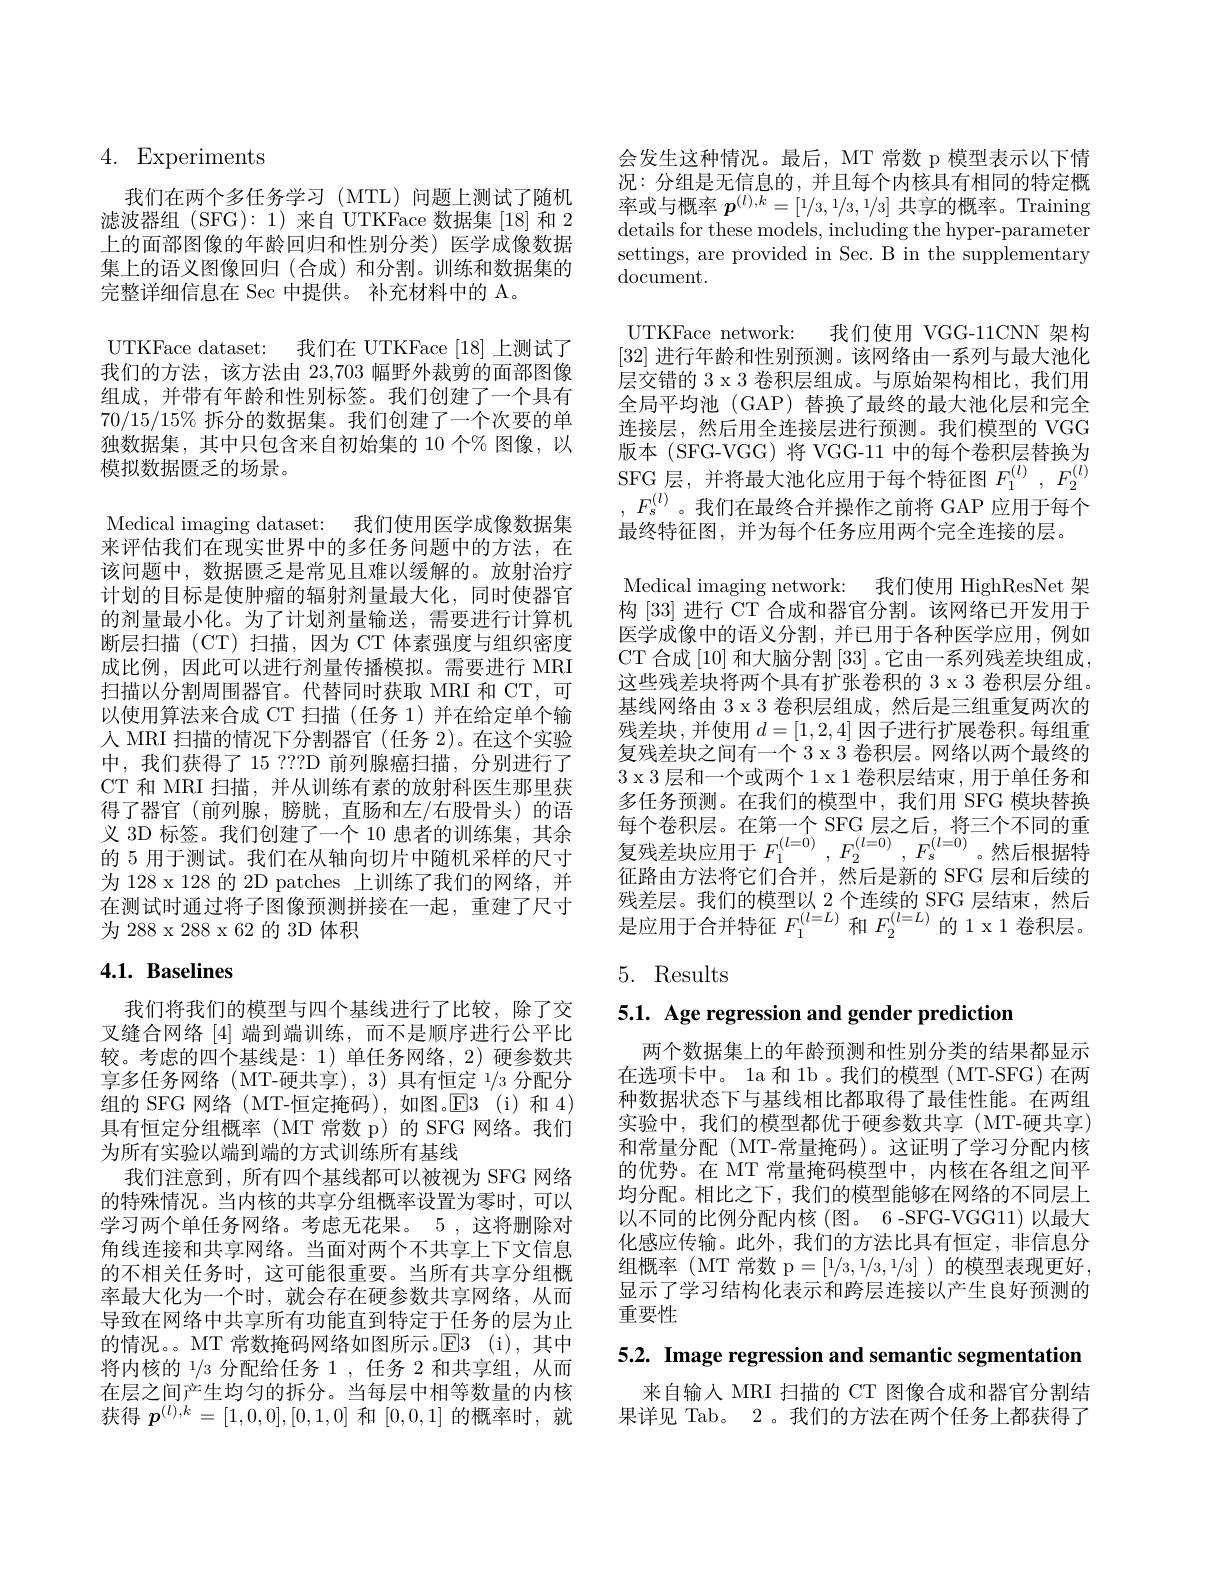
# 4. Experiments

我们在两个多任务学习(MTL)问题上测试了随机滤波器组(SFG):1)来自 UTKFace 数据集[18]和 2上的面部图像的年龄回归和性别分类)医学成像数据集上的语义图像回归(合成)和分割。训练和数据集的完整详细信息在 Sec 中提供。补充材料中的 A。
UTKFace dataset: 我们在 UTKFace [18]上测试了我们的方法，该方法由23，703幅野外裁剪的面部图像组成，并带有年龄和性别标签。我们创建了一个具有$70/15/15\%$拆分的数据集。我们创建了一个次要的单独数据集，其中只包含来自初始集的 10 个% 图像，以模拟数据匮乏的场景。
Medical imaging dataset: 我们使用医学成像数据集来评估我们在现实世界中的多任务问题中的方法，在该问题中，数据匮乏是常见且难以缓解的。放射治疗计划的目标是使肿瘤的辐射剂量最大化，同时使器官的剂量最小化。为了计划剂量输送，需要进行计算机断层扫描(CT)扫描，因为 CT 体素强度与组织密度成比例，因此可以进行剂量传播模拟。需要进行 MRI 扫描以分割周围器官。代替同时获取 MRI 和 CT, 可以使用算法来合成 CT 扫描 (任务 1) 并在给定单个输人 MRI 扫描的情况下分割器官(任务 2)。在这个实验中，我们获得了 15 ???D 前列腺癌扫描，分别进行了CT 和 MRI 扫描，并从训练有素的放射科医生那里获得了器官 (前列腺，膀胱，直肠和左/右股骨头)的语义 3D 标签。我们创建了一个 10 患者的训练集，其余的 5 用于测试。我们在从轴向切片中随机采样的尺寸为 128 x 128 的 2D patches 上训练了我们的网络，并在测试时通过将子图像预测拼接在一起，重建了尺寸为 288 x 288 x 62 的 3D 体积

# 4.1. Baselines

我们将我们的模型与四个基线进行了比较，除了交叉缝合网络[4]端到端训练，而不是顺序进行公平比较。考虑的四个基线是：1)单任务网络，2)硬参数共享多任务网络(MT-硬共享),3) 具有恒定 1/3 分配分组的 SFG 网络 ( MT-恒定掩码),如图。$\mathbb{E} 3$ (i)和 4) 具有恒定分组概率(MT 常数 p)的 SFG 网络。我们为所有实验以端到端的方式训练所有基线
我们注意到，所有四个基线都可以被视为 SFG 网络的特殊情况。当内核的共享分组概率设置为零时，可以学习两个单任务网络。考虑无花果。5 ,这将删除对角线连接和共享网络。当面对两个不共享上下文信息的不相关任务时，这可能很重要。当所有共享分组概率最大化为一个时，就会存在硬参数共享网络，从而导致在网络中共享所有功能直到特定于任务的层为止的情况。。MT 常数掩码网络如图所示。$\mathbb{E}$3(i),其中将内核的$^1/3$分配给任务 1,任务 2 和共享组，从而在层之间产生均匀的拆分。当每层中相等数量的内核获得$p^{(l),k}=[1,0,0],[0,1,0]$和[0,0,1]的概率时，就

会发生这种情况。最后，MT 常数 p 模型表示以下情况：分组是无信息的，并且每个内核具有相同的特定概率或与概率$p^{(l),k}=[1/3,1/3,1/3]$共享的概率。Training details for these models, including the hyper-parameter settings, are provided in Sec. B in the supplementary $\operatorname{document}.$

UTKFace network: 我们使用 VGG-11CNN 架构[32]进行年龄和性别预测。该网络由一系列与最大池化层交错的 3 x 3 卷积层组成。与原始架构相比，我们用全局平均池 (GAP) 替换了最终的最大池化层和完全连接层，然后用全连接层进行预测。我们模型的 VGG 版本(SFG-VGG)将 VGG-11 中的每个卷积层替换为SFG 层，并将最大池化应用于每个特征图$F_1^{(l)},F_2^{(l)}$ $,F_s^{(l)}$。我们在最终合并操作之前将 GAP 应用于每个最终特征图，并为每个任务应用两个完全连接的层。
Medical imaging network: 我们使用 HighResNet 架构[33] 进行 CT 合成和器官分割。该网络已开发用于医学成像中的语义分割，并已用于各种医学应用，例如CT 合成[10]和大脑分割[33] 。它由一系列残差块组成， 这些残差块将两个具有扩张卷积的 3 x 3 卷积层分组。基线网络由 3 x 3 卷积层组成，然后是三组重复两次的残差块，并使用$d=[1,2,4]$因子进行扩展卷积。每组重复残差块之间有一个 3 x 3 卷积层。网络以两个最终的3 x 3 层和一个或两个 1 x 1 卷积层结束，用于单任务和多任务预测。在我们的模型中，我们用 SFG 模块替换每个卷积层。在第一个 SFG 层之后，将三个不同的重复残差块应用于$F_1^{(l=0)},F_2^{(l=0)},F_s^{(l=0)}$。然后根据特征路由方法将它们合并，然后是新的 SFG 层和后续的残差层。我们的模型以 2 个连续的 SFG 层结束，然后是应用于合并特征$F_1^{(l=L)}$和$F_2^{(l=L)}$的 1 x 1 卷积层。5. Results

5.1. Age regression and gender prediction

两个数据集上的年龄预测和性别分类的结果都显示在选项卡中。1a 和 1b 。我们的模型 (MT-SFG) 在两种数据状态下与基线相比都取得了最佳性能。在两组实验中，我们的模型都优于硬参数共享(MT-硬共享) 和常量分配(MT-常量掩码)。这证明了学习分配内核的优势。在 MT 常量掩码模型中，内核在各组之间平均分配。相比之下，我们的模型能够在网络的不同层上以不同的比例分配内核 (图。6-SFG-VGG11) 以最大化感应传输。此外，我们的方法比具有恒定，非信息分组概率(MT常数 p=[1/3,1/3,1/3])的模型表现更好， 显示了学习结构化表示和跨层连接以产生良好预测的重要性

5.2. Image regression and semantic segmentation

来自输入 MRI 扫描的 CT 图像合成和器官分割结果详见 Tab。2。我们的方法在两个任务上都获得了